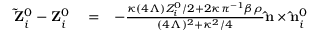
\begin{array} { r l r } { { \bf \tilde { Z } } _ { i } ^ { 0 } - { \bf Z } _ { i } ^ { 0 } } & { { } = } & { - \frac { \kappa ( 4 \Lambda ) Z _ { i } ^ { 0 } / 2 + 2 \kappa \pi ^ { - 1 } \beta \rho } { ( 4 \Lambda ) ^ { 2 } + \kappa ^ { 2 } / 4 } { \bf \hat { n } } \times { \bf { \hat { n } } } _ { i } ^ { 0 } } \end{array}